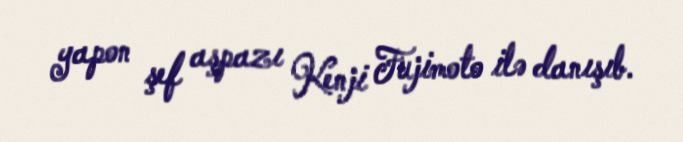
yapon şef aşpazı Kenji Fujimoto ilə danışıb.